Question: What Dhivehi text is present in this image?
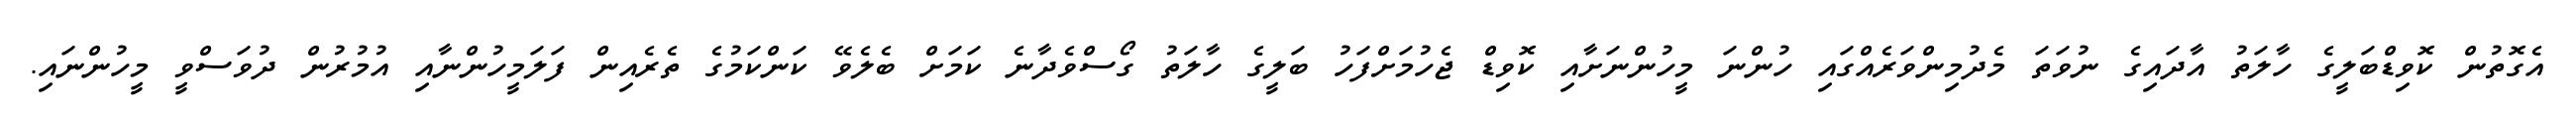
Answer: އެގޮތުން ކޮވިޑްބަލީގެ ހާލަތު އާދައިގެ ނުވަތަ މެދުމިންވަރެއްގައި ހުންނަ މީހުންނަށާއި ކޮވިޑް ޖެހުމަށްފަހު ބަލީގެ ހާލަތު ގޯސްވެދާނެ ކަމަށް ބެލެވޭ ކަންކަމުގެ ތެރެއިން ފަލަމީހުންނާއި އުމުރުން ދުވަސްވީ މީހުންނައި.